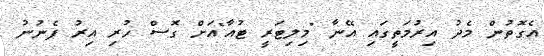
އެގޮތުން މެދު އިރުމަތީގައި އޭނާ "މިލިޓަރީ ޓުއާ"އަށް ގޮސް ހުރި އިރު ފެނުނު